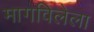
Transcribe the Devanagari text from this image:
मागविलेला